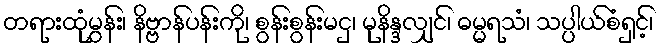
တရားထုံမွှန်း၊ နိဗ္ဗာန်ပန်းကို၊ စွန်းစွန်းမငှ၊ မုနိန္ဒလျှင်၊ ဓမ္မရသံ၊ သပ္ပါယ်စံရှင့်၊